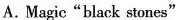
A. Magic"black stones"